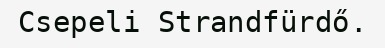
Csepeli Strandfürdő.